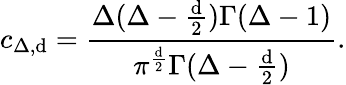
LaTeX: c_{\Delta,\mathrm{d}}={\frac{{\Delta(\Delta-{\frac{{\mathrm{d}}}{{2}}})\Gamma(\Delta-1)}}{{\pi^{\frac{{\mathrm{d}}}{{2}}}\Gamma(\Delta-{\frac{{\mathrm{d}}}{{2}}})}}}.